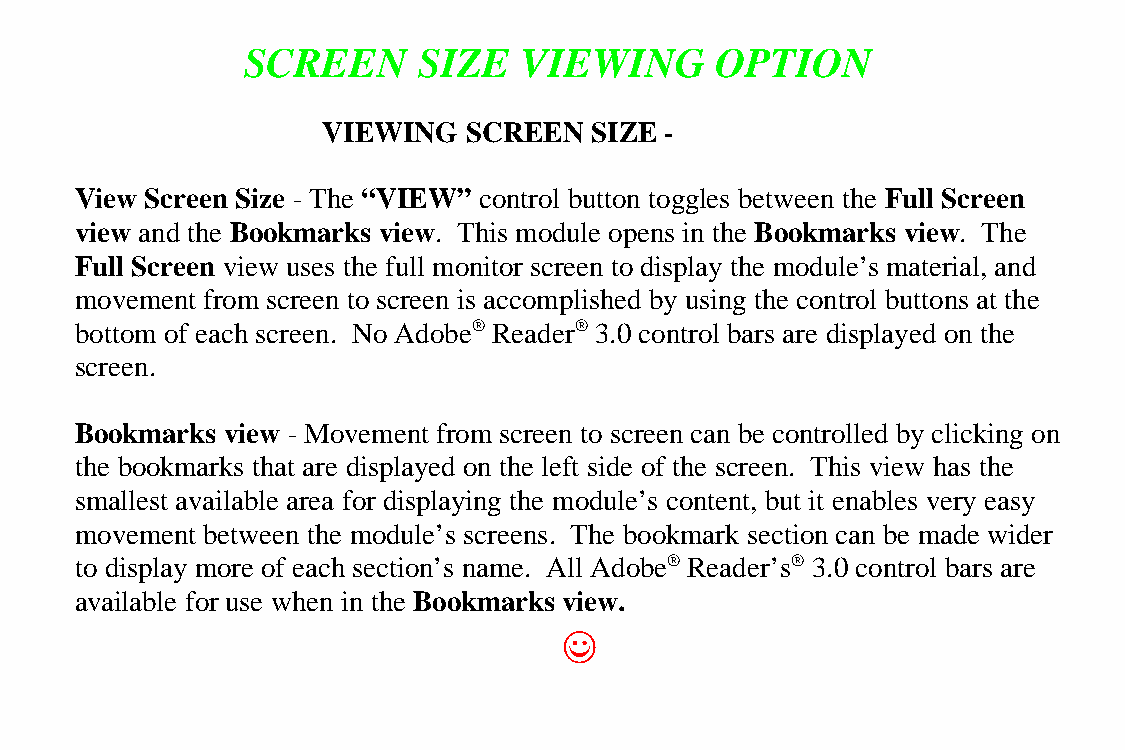
SCREEN      SIZE  VIEWING      OPTION
 VIEWING   SCREEN  SIZE -
 View Screen Size - The “VIEW” control button toggles between the Full Screen
 view and the Bookmarks view. This module opens in the Bookmarks view. The
 Full Screen view uses the full monitor screen to display the module’s material, and
 movement from screen to screen is accomplished by using the control buttons at the
 bottom of each screen. No Adobe® Reader® 3.0 control bars are displayed on the
 screen.
 Bookmarks view - Movement from screen to screen can be controlled by clicking on
 the bookmarks that are displayed on the left side of the screen. This view has the
 smallest available area for displaying the module’s content, but it enables very easy
 movement between the module’s screens. The bookmark section can be made wider
 to display more of each section’s name. All Adobe® Reader’s® 3.0 control bars are
 available for use when in the Bookmarks view.
 ((